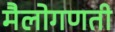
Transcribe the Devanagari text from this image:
मैलोगणती